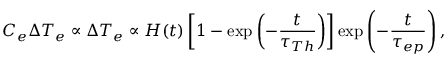
C _ { e } \Delta T _ { e } \propto \Delta T _ { e } \propto H ( t ) \left[ 1 - \exp \left( - \frac { t } { \tau _ { T h } } \right) \right] \exp \left( - \frac { t } { \tau _ { e p } } \right) ,